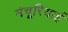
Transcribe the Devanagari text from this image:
मंचूरियाई